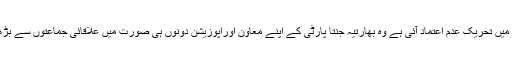
جس طرح سے پارلیامنٹ میں تحریک عدم اعتماد آئی ہے وہ بھارتیہ جنتا پارٹی کے اپنے معاون اوراپوزیشن دونوں ہی صورت میں علاقائی جماعتوں سے بڑھتی دوری کو دکھاتی ہے۔